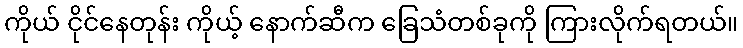
ကိုယ် ငိုင်နေတုန်း ကိုယ့် နောက်ဆီက ခြေသံတစ်ခုကို ကြားလိုက်ရတယ်။